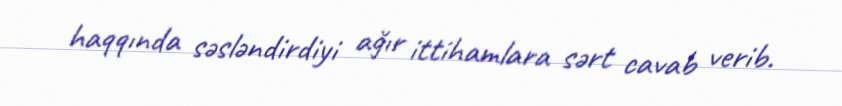
haqqında səsləndirdiyi ağır ittihamlara sərt cavab verib.